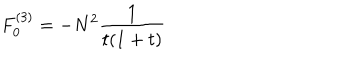
F _ { 0 } ^ { ( 3 ) } = - { N ^ { 2 } } { \frac { 1 } { t ( 1 + t ) } }